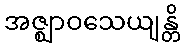
အဇ္ဈာဝသေယျန္တိ